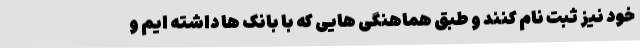
خود نیز ثبت نام کنند و طبق هماهنگی هایی که با بانک ها داشته ایم و